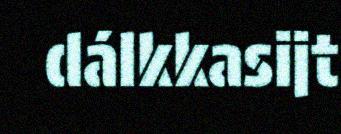
dálkkasijt